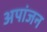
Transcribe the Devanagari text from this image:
अपांजन